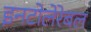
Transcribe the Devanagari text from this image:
इनटोलेरेबल